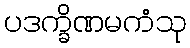
ပဒက္ခိဏမကံသု